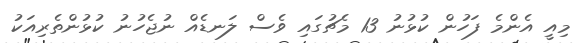
މިއީ އެންމެ ފަހުން ކުޅުނު 13 މެޗުގައި ވެސް ލަނޑެއް ނުޖެހުނު ކުޅުންތެރިއަކު